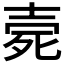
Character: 𣨑